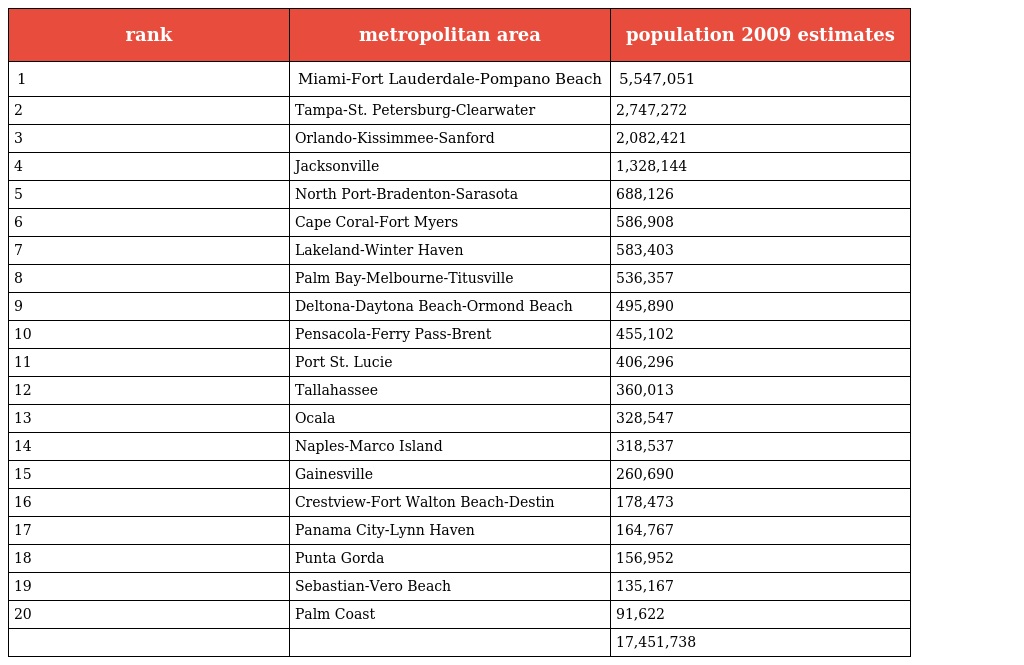
| rank | metropolitan area | population 2009 estimates |
 | --- | --- | --- |
 | 1 | Miami-Fort Lauderdale-Pompano Beach | 5,547,051 |
 | 2 | Tampa-St. Petersburg-Clearwater | 2,747,272 |
 | 3 | Orlando-Kissimmee-Sanford | 2,082,421 |
 | 4 | Jacksonville | 1,328,144 |
 | 5 | North Port-Bradenton-Sarasota | 688,126 |
 | 6 | Cape Coral-Fort Myers | 586,908 |
 | 7 | Lakeland-Winter Haven | 583,403 |
 | 8 | Palm Bay-Melbourne-Titusville | 536,357 |
 | 9 | Deltona-Daytona Beach-Ormond Beach | 495,890 |
 | 10 | Pensacola-Ferry Pass-Brent | 455,102 |
 | 11 | Port St. Lucie | 406,296 |
 | 12 | Tallahassee | 360,013 |
 | 13 | Ocala | 328,547 |
 | 14 | Naples-Marco Island | 318,537 |
 | 15 | Gainesville | 260,690 |
 | 16 | Crestview-Fort Walton Beach-Destin | 178,473 |
 | 17 | Panama City-Lynn Haven | 164,767 |
 | 18 | Punta Gorda | 156,952 |
 | 19 | Sebastian-Vero Beach | 135,167 |
 | 20 | Palm Coast | 91,622 |
 |  |  | 17,451,738 |